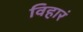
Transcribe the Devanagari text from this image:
विहारं